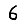
Digit: 6